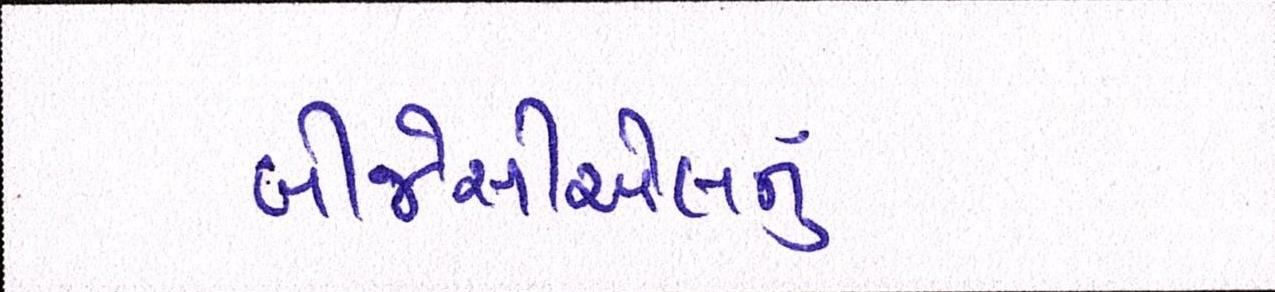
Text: બીજેસીએલનું